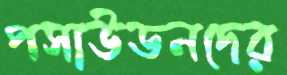
পসাউডনদের